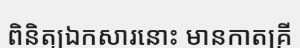
ពិនិត្យឯកសារនោះ មានកាតគ្រី